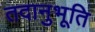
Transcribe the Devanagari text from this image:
तदानुभूति